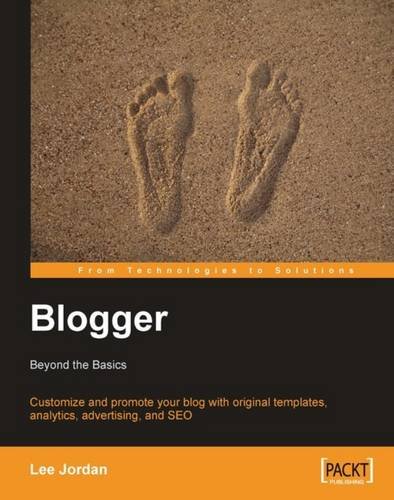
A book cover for Blogger: Beyond the Basics: Customize and promote your blog with original templates, analytics, advertising, and SEO (From Technologies to Solutions); Lee Jordan; Computers & Technology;